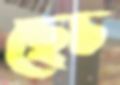
ছেচ